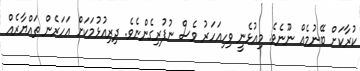
ކުރާކަށް ބޭނުމެއް ނޫނެވެ. މިއުޅެނީ ވިހިއަހަރު ވެސް ނުފުރިގެންނެވެ. ދިރިއުޅުމަކަށް އަހަރެން ތައްޔާރެއް